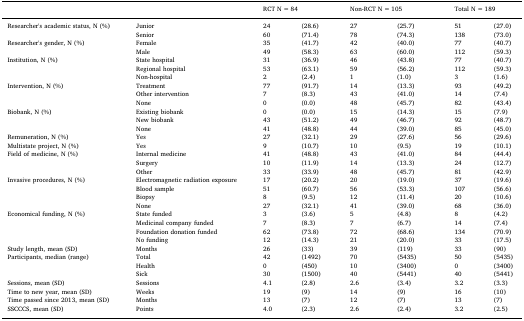
<table><thead><tr><td colspan="2">[EMPTY_CELL]</td><td colspan="2"><b>RCT N = 84</b></td><td colspan="2"><b>Non-RCT N = 105</b></td><td colspan="2"><b>Total N = 189</b></td></tr></thead><tbody><tr><td rowspan="2">Researcher's academic status, N (%)</td><td>Junior</td><td>24</td><td>(28.6)</td><td>27</td><td>(25.7)</td><td>51</td><td>(27.0)</td></tr><tr><td>Senior</td><td>60</td><td>(71.4)</td><td>78</td><td>(74.3)</td><td>138</td><td>(73.0)</td></tr><tr><td rowspan="2">Researcher's gender, N (%)</td><td>Female</td><td>35</td><td>(41.7)</td><td>42</td><td>(40.0)</td><td>77</td><td>(40.7)</td></tr><tr><td>Male</td><td>49</td><td>(58.3)</td><td>63</td><td>(60.0)</td><td>112</td><td>(59.3)</td></tr><tr><td rowspan="3">Institution, N (%)</td><td>State hospital</td><td>31</td><td>(36.9)</td><td>46</td><td>(43.8)</td><td>77</td><td>(40.7)</td></tr><tr><td>Regional hospital</td><td>53</td><td>(63.1)</td><td>59</td><td>(56.2)</td><td>112</td><td>(59.3)</td></tr><tr><td>Non-hospital</td><td>2</td><td>(2.4)</td><td>1</td><td>(1.0)</td><td>3</td><td>(1.6)</td></tr><tr><td rowspan="3">Intervention, N (%)</td><td>Treatment</td><td>77</td><td>(91.7)</td><td>14</td><td>(13.3)</td><td>93</td><td>(49.2)</td></tr><tr><td>Other intervention</td><td>7</td><td>(8.3)</td><td>43</td><td>(41.0)</td><td>14</td><td>(7.4)</td></tr><tr><td>None</td><td>0</td><td>(0.0)</td><td>48</td><td>(45.7)</td><td>82</td><td>(43.4)</td></tr><tr><td rowspan="3">Biobank, N (%)</td><td>Existing biobank</td><td>0</td><td>(0.0)</td><td>15</td><td>(14.3)</td><td>15</td><td>(7.9)</td></tr><tr><td>New biobank</td><td>43</td><td>(51.2)</td><td>49</td><td>(46.7)</td><td>92</td><td>(48.7)</td></tr><tr><td>None</td><td>41</td><td>(48.8)</td><td>44</td><td>(39.0)</td><td>85</td><td>(45.0)</td></tr><tr><td>Remuneration, N (%)</td><td>Yes</td><td>27</td><td>(32.1)</td><td>29</td><td>(27.6)</td><td>56</td><td>(29.6)</td></tr><tr><td>Multistate project, N (%)</td><td>Yes</td><td>9</td><td>(10.7)</td><td>10</td><td>(9.5)</td><td>19</td><td>(10.1)</td></tr><tr><td rowspan="3">Field of medicine, N (%)</td><td>Internal medicine</td><td>41</td><td>(48.8)</td><td>43</td><td>(41.0)</td><td>84</td><td>(44.4)</td></tr><tr><td>Surgery</td><td>10</td><td>(11.9)</td><td>14</td><td>(13.3)</td><td>24</td><td>(12.7)</td></tr><tr><td>Other</td><td>33</td><td>(33.9)</td><td>48</td><td>(45.7)</td><td>81</td><td>(42.9)</td></tr><tr><td rowspan="4">Invasive procedures, N (%)</td><td>Electromagnetic radiation exposure</td><td>17</td><td>(20.2)</td><td>20</td><td>(19.0)</td><td>37</td><td>(19.6)</td></tr><tr><td>Blood sample</td><td>51</td><td>(60.7)</td><td>56</td><td>(53.3)</td><td>107</td><td>(56.6)</td></tr><tr><td>Biopsy</td><td>8</td><td>(9.5)</td><td>12</td><td>(11.4)</td><td>20</td><td>(10.6)</td></tr><tr><td>None</td><td>27</td><td>(32.1)</td><td>41</td><td>(39.0)</td><td>68</td><td>(36.0)</td></tr><tr><td rowspan="4">Economical funding, N (%)</td><td>State funded</td><td>3</td><td>(3.6)</td><td>5</td><td>(4.8)</td><td>8</td><td>(4.2)</td></tr><tr><td>Medicinal company funded</td><td>7</td><td>(8.3)</td><td>7</td><td>(6.7)</td><td>14</td><td>(7.4)</td></tr><tr><td>Foundation donation funded</td><td>62</td><td>(73.8)</td><td>72</td><td>(68.6)</td><td>134</td><td>(70.9)</td></tr><tr><td>No funding</td><td>12</td><td>(14.3)</td><td>21</td><td>(20.0)</td><td>33</td><td>(17.5)</td></tr><tr><td>Study length, mean (SD)</td><td>Months</td><td>26</td><td>(33)</td><td>39</td><td>(119)</td><td>33</td><td>(90)</td></tr><tr><td rowspan="3">Participants, median (range)</td><td>Total</td><td>42</td><td>(1492)</td><td>70</td><td>(5435)</td><td>50</td><td>(5435)</td></tr><tr><td>Health</td><td>0</td><td>(450)</td><td>10</td><td>(3400)</td><td>0</td><td>(3400)</td></tr><tr><td>Sick</td><td>30</td><td>(1500)</td><td>40</td><td>(5441)</td><td>40</td><td>(5441)</td></tr><tr><td>Sessions, mean (SD)</td><td>Sessions</td><td>4.1</td><td>(2.8)</td><td>2.6</td><td>(3.4)</td><td>3.2</td><td>(3.3)</td></tr><tr><td>Time to new year, mean (SD)</td><td>Weeks</td><td>19</td><td>(9)</td><td>14</td><td>(9)</td><td>16</td><td>(10)</td></tr><tr><td>Time passed since 2013, mean (SD)</td><td>Months</td><td>13</td><td>(7)</td><td>12</td><td>(7)</td><td>13</td><td>(7)</td></tr><tr><td>SSCCCS, mean (SD)</td><td>Points</td><td>4.0</td><td>(2.3)</td><td>2.6</td><td>(2.4)</td><td>3.2</td><td>(2.5)</td></tr></tbody></table>